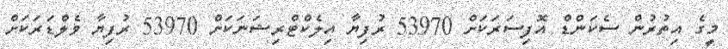
މީގެ އިތުރުން ސެކަންޑް އޮފިސަރަކަށް 53970 ރުފިޔާ އިލެކްޓްރިޝަނަކަށް 53970 ރުފިޔާ ވެލްޑަރަކަށް